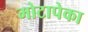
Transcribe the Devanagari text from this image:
मोटापेका